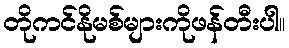
တိုကင်နိုမစ်များကိုဖန်တီးပါ။